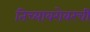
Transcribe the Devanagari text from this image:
तिच्याबरोबरची